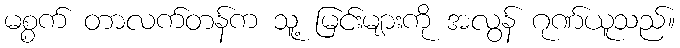
မစ္စက် တာလက်တန်က သူ့ မြင်းများကို အလွန် ဂုဏ်ယူသည်။